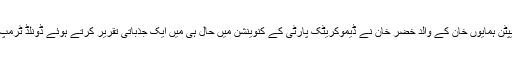
سن دو ہزار چار میں عراق میں ایک حملے میں مارے جانے والے امریکی فوج کے کیپٹن ہمایوں خان کے والد خضر خان نے ڈیموکریٹک پارٹی کے کنوینشن میں حال ہی میں ایک جذباتی تقریر کرتے ہوئے ڈونلڈ ٹرمپ کی تارکین وطن اور مسلمانوں کے بارے میں پالیسیوں کو شدید تنقید کا نشانہ بنایا تھا۔